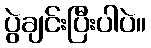
ပွဲချင်းပြီးပါပဲ။